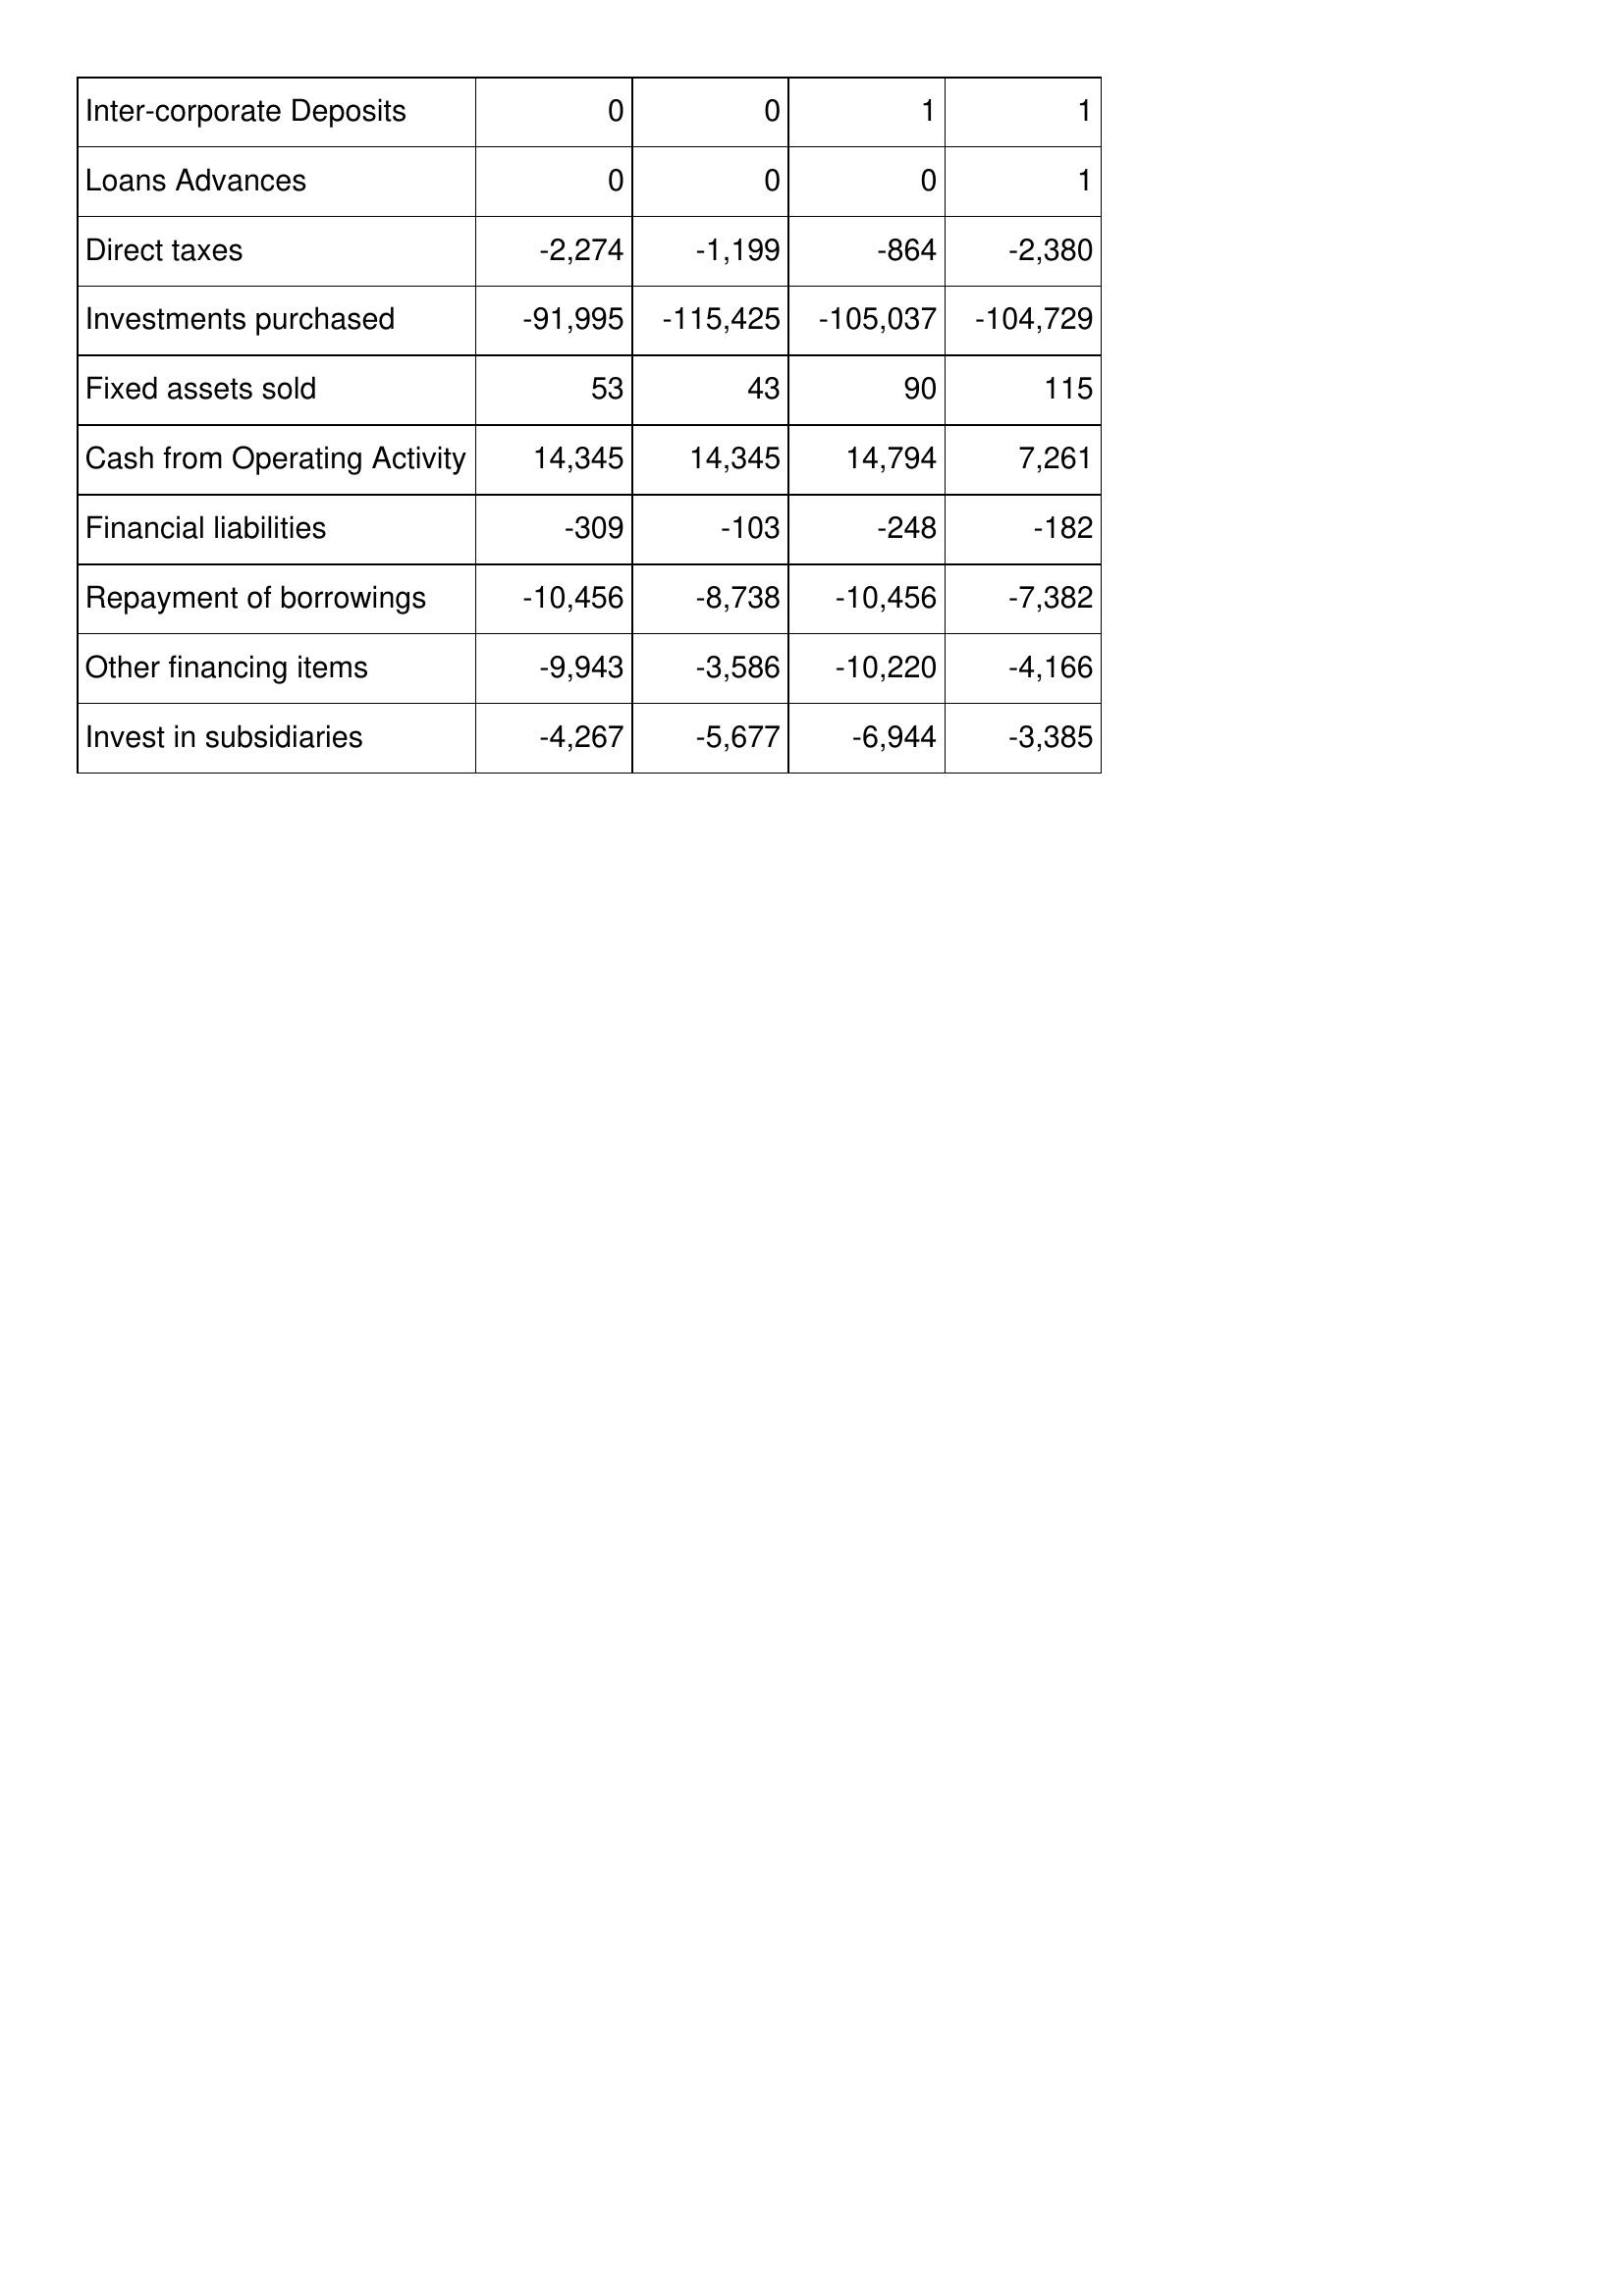
Oct-11: Cash Flows: Inter-corporate Deposits: 0
Loans Advances: 0
Direct taxes: -2,274
Investments purchased: -91,995
Fixed assets sold: 53
Cash from Operating Activity: 14,345
Financial liabilities: -309
Repayment of borrowings: -10,456
Other financing items: -9,943
Invest in subsidiaries: -4,267
Oct-10: Cash Flows: Inter-corporate Deposits: 0
Loans Advances: 0
Direct taxes: -1,199
Investments purchased: -115,425
Fixed assets sold: 43
Cash from Operating Activity: 14,345
Financial liabilities: -103
Repayment of borrowings: -8,738
Other financing items: -3,586
Invest in subsidiaries: -5,677
Oct-09: Cash Flows: Inter-corporate Deposits: 1
Loans Advances: 0
Direct taxes: -864
Investments purchased: -105,037
Fixed assets sold: 90
Cash from Operating Activity: 14,794
Financial liabilities: -248
Repayment of borrowings: -10,456
Other financing items: -10,220
Invest in subsidiaries: -6,944
Oct-08: Cash Flows: Inter-corporate Deposits: 1
Loans Advances: 1
Direct taxes: -2,380
Investments purchased: -104,729
Fixed assets sold: 115
Cash from Operating Activity: 7,261
Financial liabilities: -182
Repayment of borrowings: -7,382
Other financing items: -4,166
Invest in subsidiaries: -3,385